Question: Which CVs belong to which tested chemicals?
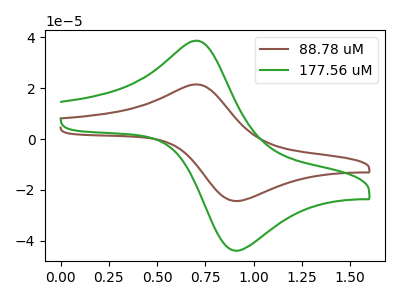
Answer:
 <answer>The brown curve is labeled "88.78 uM". The green curve is labeled "177.56 uM".</answer>
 <eval></eval>